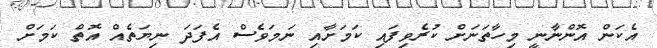
އެކަން އޮންނާނީ މިހާތަނަށް ކުރެވިފައި ކަމަށާއި ނަމަވެސް އެފަދަ ނިޔަތެއް އޮތް ކަމަށް